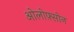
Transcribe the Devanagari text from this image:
ओलोफ़्सोन